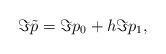
LaTeX: \begin{align*}\Im \tilde p=\Im p_0+h\Im p_1,\end{align*}